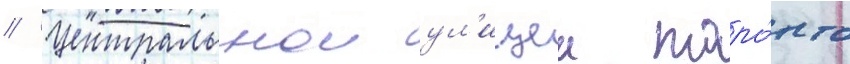
// Центральнои ул'ицеи торо́нто